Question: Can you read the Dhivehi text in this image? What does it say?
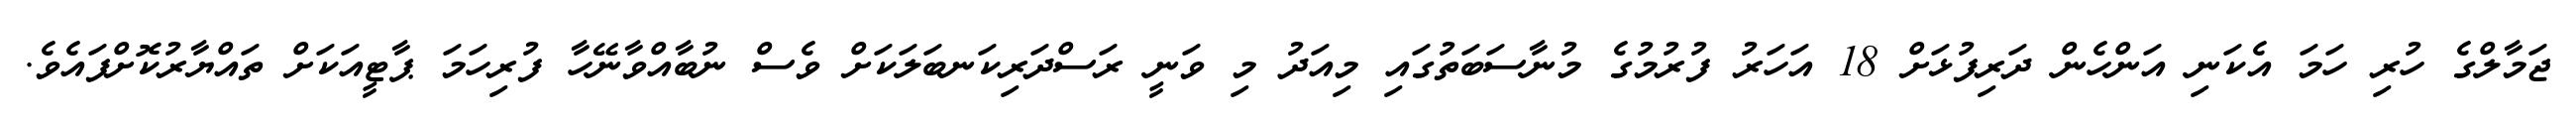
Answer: ޖަމާލްގެ ހުރި ހަމަ އެކަނި އަންހެން ދަރިފުޅަށް 18 އަހަރު ފުރުމުގެ މުނާސަބަތުގައި މިއަދު މި ވަނީ ރަސްދަރިކަނބަލަކަށް ވެސް ނުބާއްވާނޭހާ ފުރިހަމަ ޕާޓީއަކަށް ތައްޔާރުކޮށްފައެވެ.